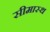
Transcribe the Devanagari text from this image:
सीमास्थ